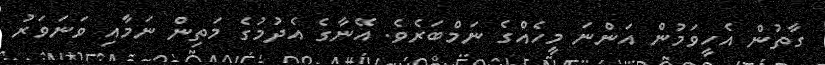
ގާތުން އެހީވަމުން އަންނަ މީހެއްގެ ނަމްބަރެވެ. އޭނާގެ އެދުމުގެ މަތިން ނަމާއި ވަނަވަރު